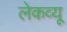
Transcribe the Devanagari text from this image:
लेकव्यू